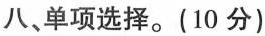
八、单项选择。(10 分)